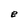
Character: e